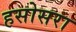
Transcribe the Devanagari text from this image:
हसोसरा